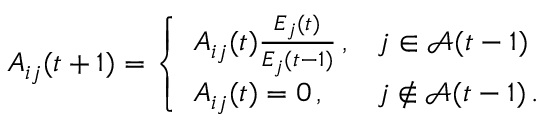
A _ { i j } ( t + 1 ) = \left\{ \begin{array} { l l } { A _ { i j } ( t ) \frac { E _ { j } ( t ) } { E _ { j } ( t - 1 ) } \, , } & { j \in \mathcal { A } ( t - 1 ) } \\ { A _ { i j } ( t ) = 0 \, , } & { j \not \in \mathcal { A } ( t - 1 ) \, . } \end{array} \right.